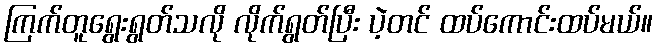
ကြက်တူရွေးရွတ်သလို လိုက်ရွတ်ပြီး ပဲ့တင် ထပ်ကောင်းထပ်မယ်။